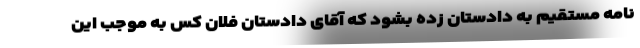
نامه مستقیم به دادستان زده بشود که آقای دادستان فلان کس به موجب این